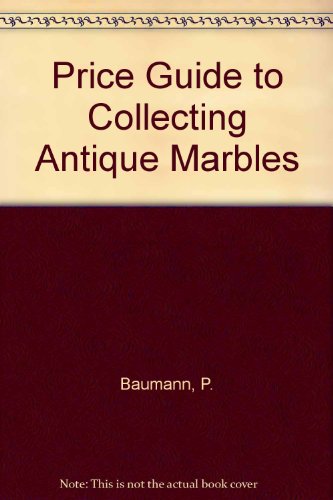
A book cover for Price Guide to Collecting Antique Marbles; P. Baumann; Crafts, Hobbies & Home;